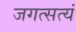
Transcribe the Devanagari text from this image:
जगत्सत्यं